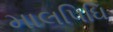
માલપિઘિ